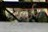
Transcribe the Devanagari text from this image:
पवईचा